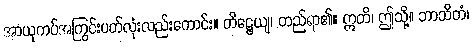
အာယုကပ်အကြွင်းပတ်လုံးလည်းကောင်း။ တိဋ္ဌေယျ၊ တည်ရာ၏။ ဣတိ၊ ဤသို့။ ဘာသိတံ၊